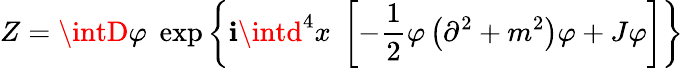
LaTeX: Z=\intD\varphi\; \exp\left\{ \mathbf{i}\intd^{4}x\; \left[-{\frac{{1}}{{2}}}\varphi\left(\partial^{2}+m^{2}\right)\varphi+J\varphi\right]\right\}